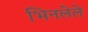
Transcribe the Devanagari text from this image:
भिनलेले